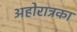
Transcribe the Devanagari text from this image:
अहोरात्रका